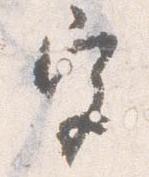
宮